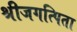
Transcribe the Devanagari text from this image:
श्रीजगत्पिता